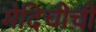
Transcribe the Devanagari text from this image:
मेदिचीची